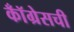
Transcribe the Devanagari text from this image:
कॉँग्रेसची